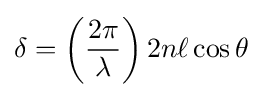
\delta =\left({\frac {2\pi }{\lambda }}\right)2n\ell \cos \theta